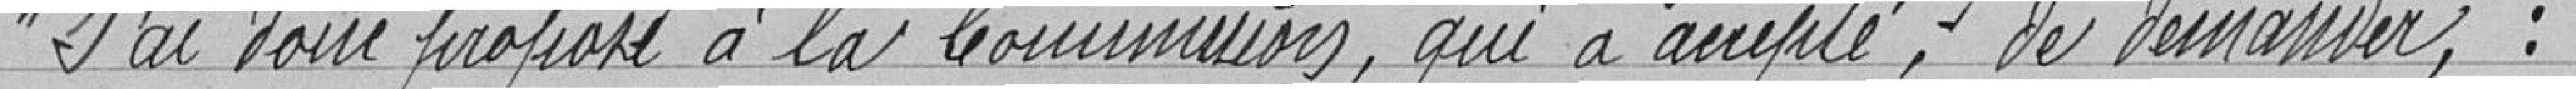
" J'ai donc proposé à la Commission, qui a accepté, de demander :